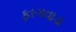
ફાગવાડા